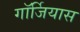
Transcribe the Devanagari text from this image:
गॉर्जियास